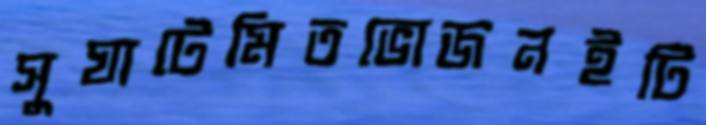
সুঘাটেমিতভোজনইটি